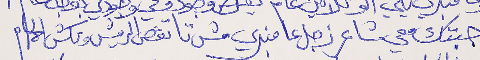
جبتك معي شاعر زجل عا منبري مش تا تقص الريش وتكش الحمام